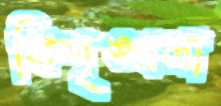
বিশৃঙ্খলা